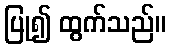
ပြု၍ ထွက်သည်။